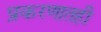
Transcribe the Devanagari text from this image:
प्रकरणातही